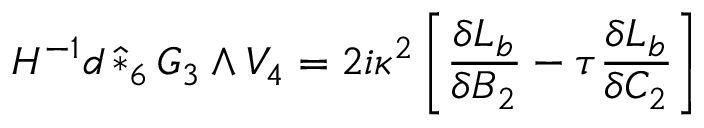
H ^ { - 1 } d \, \hat { * } _ { 6 } \, G _ { 3 } \wedge V _ { 4 } = 2 i \kappa ^ { 2 } \left[ \frac { \delta { \cal { L } } _ { b } } { \delta B _ { 2 } } - \tau \frac { \delta { \cal { L } } _ { b } } { \delta C _ { 2 } } \right]